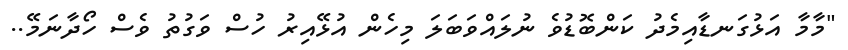
"މާމާ އަޅުގަނޑާއިމެދު ކަންބޮޑުވެ ނުލައްވަބަލަ މިހެން އުޅޭއިރު ހުސް ވަގުތު ވެސް ހޯދާނަމޭ..